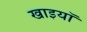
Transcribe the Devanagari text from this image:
खाइयॉ